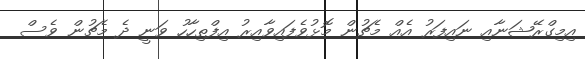
އިމިގްރޭޝަނާއި ނައިފަރު އެއް މެޗުން މޮޅުވެފައިވާއިރު އިފްތިހާހު ވަނީ ދެ މެޗުން ވެސް